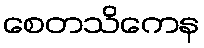
စေတသိကေန